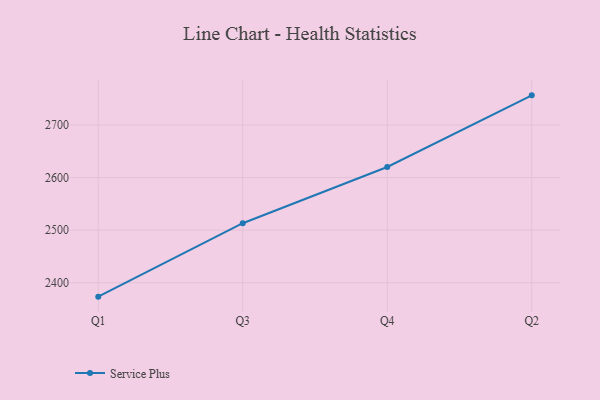
{"axis": {"x": "Quarter", "y": "Tickets Resolved"}, "legend": ["Service Plus"], "data": [{"x": "Q1", "y": 2373.6, "type": "Service Plus"}, {"x": "Q3", "y": 2513.2, "type": "Service Plus"}, {"x": "Q4", "y": 2620.1, "type": "Service Plus"}, {"x": "Q2", "y": 2756.3, "type": "Service Plus"}]}